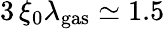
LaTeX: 3\, \xi_{0}\lambda_{\mathrm{gas}}\simeq 1.5